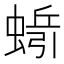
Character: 𱿷